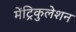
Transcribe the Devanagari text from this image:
मेंट्रिकुलेशन